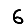
Digit: 6